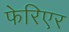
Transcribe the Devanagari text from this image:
फेरिएर